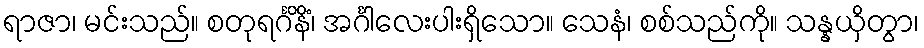
ရာဇာ၊ မင်းသည်။ စတုရင်္ဂိနိံ၊ အင်္ဂါလေးပါးရှိသော။ သေနံ၊ စစ်သည်ကို။ သန္နယှိတွာ၊